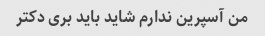
من آسپرین ندارم شاید باید بری دکتر